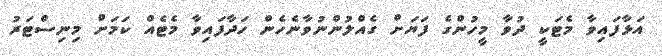
އަޅާފައިވާ މެޓަކީ ދުވާ މީހުންގެ ފަޔަށް ގެއްލުންނުވާނެހެން ހަދާފައިވާ މެޓެއް ކަމަށް މިނިސްޓަރު